Scottish Leaving Certificate Examination, 1958
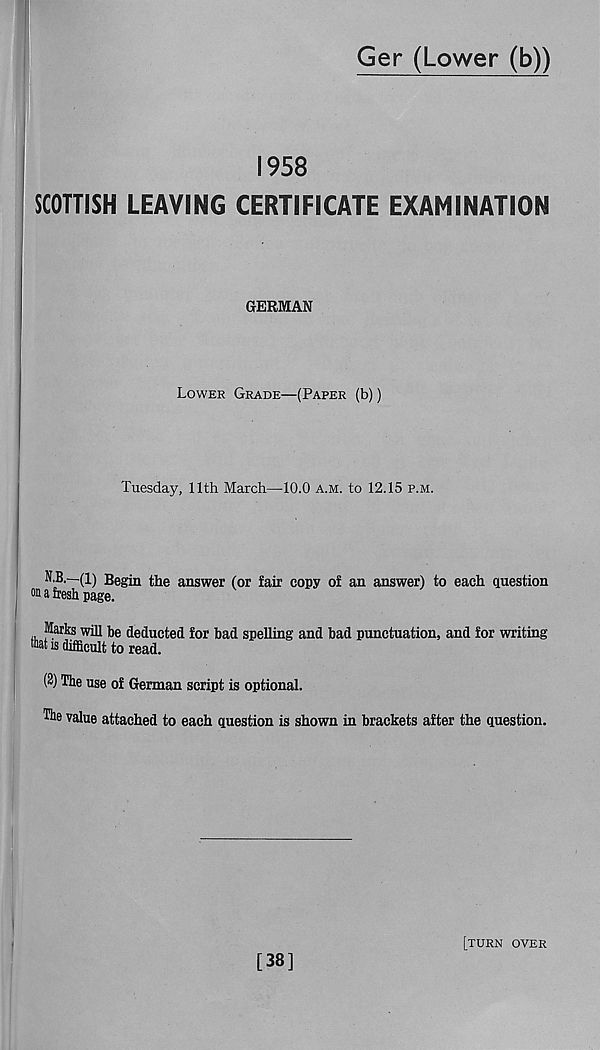
Ger (Lower (b))
1958
SCOTTISH LEAVING CERTIFICATE EXAMINATION
GERMAN
Lower Grade—(Paper (b))
Tuesday, 11th March—10.0 a.m. to 12.15 p.m.
N.B.—(1) Begin the answer (or fair copy of an answer) to each question
on a fresh page.
Marks will he deducted for bad spelling and bad punctuation, and for writing
that is difficult to read.
(2) The use of German script is optional.
The value attached to each question is shown in brackets after the question.
[38]
[turn over